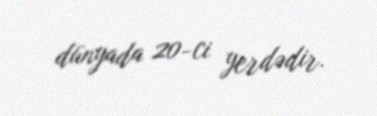
dünyada 20-ci yerdədir.